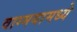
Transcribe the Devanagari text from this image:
वाग्मयामध्ये